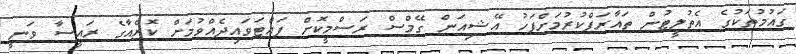
ގައުމުތަކުގެ އެތުލީޓުން ތައާރަފްކުރުމަށްފަހު އޭޝިއަން ގޭމްސް ރަސްމީކޮށް ފައްޓަވައިދެއްވުމަށް ކޮރެއާގެ ރައީސާ ވަނީ